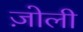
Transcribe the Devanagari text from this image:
ज़ोली